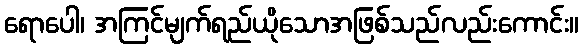
ရောပေါ၊ အကြင်မျက်ရည်ယိုသောအဖြစ်သည်လည်းကောင်း။